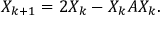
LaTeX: X _ { k + 1 } = 2 X _ { k } - X _ { k } A X _ { k } .